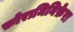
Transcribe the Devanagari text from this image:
फ़ोरामिनिफ़ेरा